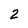
Character: 2